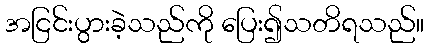
အငြင်းပွားခဲ့သည်ကို ပြေး၍သတိရသည်။